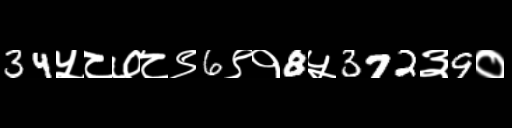
Text: 34५८७८९6९१8५372३9०